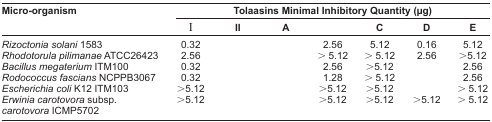
<table><thead><tr><td><b>Micro-organism</b></td><td colspan="7"><b>Tolaasins Minimal Inhibitory Quantity (μg)</b></td></tr><tr><td>[EMPTY_CELL]</td><td><b>I</b></td><td><b>II</b></td><td><b>A</b></td><td>[EMPTY_CELL]</td><td><b>C</b></td><td><b>D</b></td><td><b>E</b></td></tr></thead><tbody><tr><td><i>Rizoctonia solani</i> 1583</td><td>0.32</td><td>[EMPTY_CELL]</td><td>[EMPTY_CELL]</td><td>2.56</td><td>5.12</td><td>0.16</td><td>5.12</td></tr><tr><td><i>Rhodotorula pilimanae</i> ATCC26423</td><td>2.56</td><td>[EMPTY_CELL]</td><td>[EMPTY_CELL]</td><td>&gt;5.12</td><td>&gt; 5.12</td><td>2.56</td><td>&gt;5.12</td></tr><tr><td><i>Bacillus megaterium</i> ITM100</td><td>0.32</td><td>[EMPTY_CELL]</td><td>[EMPTY_CELL]</td><td>2.56</td><td>&gt;5.12</td><td>[EMPTY_CELL]</td><td>2.56</td></tr><tr><td><i>Rodococcus fascians</i> NCPPB3067</td><td>0.32</td><td>[EMPTY_CELL]</td><td>[EMPTY_CELL]</td><td>1.28</td><td>&gt; 5.12</td><td>[EMPTY_CELL]</td><td>2.56</td></tr><tr><td><i>Escherichia coli</i> K12 ITM103</td><td>&gt;5.12</td><td>[EMPTY_CELL]</td><td>[EMPTY_CELL]</td><td>&gt;5.12</td><td>&gt;5.12</td><td>[EMPTY_CELL]</td><td>&gt; 5.12</td></tr><tr><td><i>Erwinia carotovora</i> subsp. <i>carotovora</i> ICMP5702</td><td>&gt;5.12</td><td>[EMPTY_CELL]</td><td>[EMPTY_CELL]</td><td>&gt;5.12</td><td>&gt;5.12</td><td>&gt;5.12</td><td>&gt; 5.12</td></tr></tbody></table>